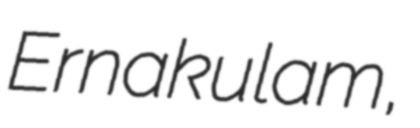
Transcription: Ernakulam,